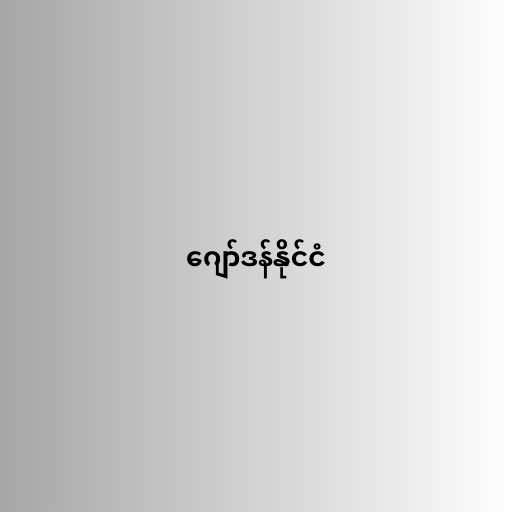
ဂျော်ဒန်နိုင်ငံ